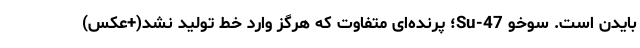
بایدن است. سوخو Su-47؛ پرنده‌ای متفاوت که هرگز وارد خط تولید نشد(+عکس)